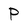
Character: P